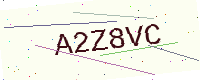
Text: A2Z8VC